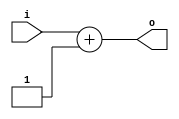
module inc(input [2:0] i, output [2:0] o);
  assign o = i + 1;
endmodule

module register(input clk, rst, input [2:0] r_in, output [2:0] r_out);
  reg [2:0] r;
  always @(posedge clk) begin
    if (rst)
      r = 3'b000;
    else
      r = r_in;
  end
  assign r_out = r;
endmodule

module counter;
reg clk;
reg rst;
wire [2:0] c_in, c_out;

register c(clk, rst, c_in, c_out);
inc inc1(c_out, c_in);

initial
begin
  $monitor("%4dns monitor: c.r=%d", $stime, c.r);
  clk = 0;
  rst = 1;
  #100 rst = 0;
  #1000 $finish;
end

always #50 begin
  clk=clk+1; 
end

endmodule